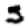
Digit: 5